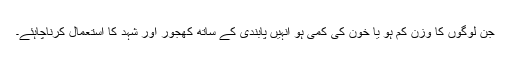
جن لوگوں کا وزن کم ہو یا خون کی کمی ہو انہیں پابندی کے ساتھ کھجور اور شہد کا استعمال کرناچاہئے۔